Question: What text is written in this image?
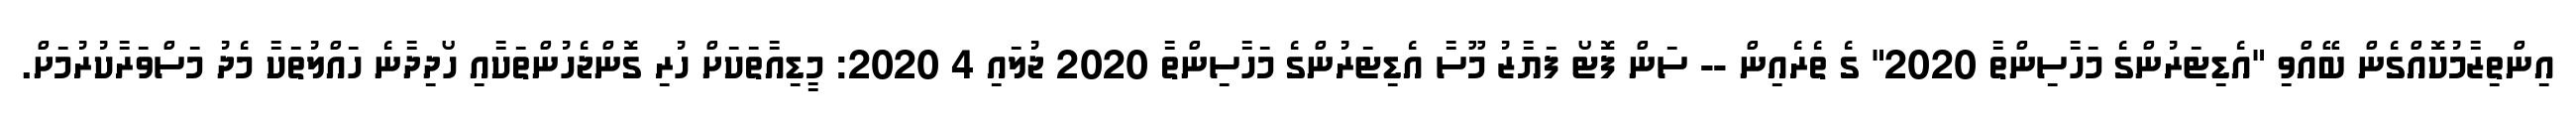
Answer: އިންތިޒާމުކޮއްގެން ބޭއްވި "އެޑިޓަރުންގެ މަހާސިންތާ 2020" ގެ ތެރެއިން -- ސަން ފޮޓޯ ފަޔާޒު މޫސާ އެޑިޓަރުންގެ މަހާސިންތާ 2020 ޖުލައި 4 2020: މީޑިއާތަކަށް ހުރި ގޮންޖެހުންތަކާއި ހޯދިދާނެ ހައްލުތަކާ މެދު މަސްވަރާކުރުމަށް.